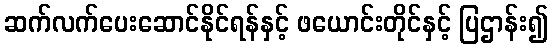
ဆက်လက်ပေးဆောင်နိုင်ရန်နှင့် ဖယောင်းတိုင်နှင့် ပြဌာန်း၍